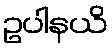
ဥပါနယိ